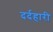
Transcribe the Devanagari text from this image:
दर्दहारी